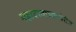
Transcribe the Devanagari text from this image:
महादरवाज्याखेरीज